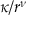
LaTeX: \kappa / r ^ { \nu }